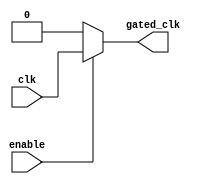
module clock_gating_cell (
    input wire clk,           // Original clock signal
    input wire enable,        // Enable signal to control clock gating
    output wire gated_clk     // Gated clock output
);
    // Gated clock logic: if enable is high, pass the clock; otherwise, hold low
    assign gated_clk = enable ? clk : 1'b0;

endmodule